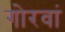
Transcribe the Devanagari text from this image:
गोरवां